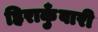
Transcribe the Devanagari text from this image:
हिराकुँवारी